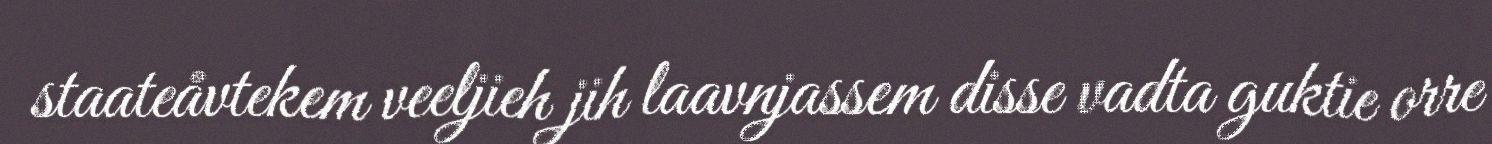
staateåvtekem veeljieh jih laavnjassem disse vadta guktie orre